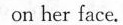
on her face.